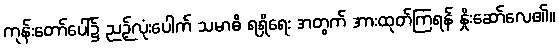
ကုန်းတော်ပေါ်၌ ညဉ့်လုံးပေါက် သမာဓိ ရရှိရေး အတွက် အားထုတ်ကြရန် နှိုးဆော်လေ၏။